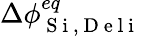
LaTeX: \Delta\phi_{\mathrm{~S~i~,~D~e~l~i~}}^{eq}